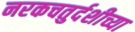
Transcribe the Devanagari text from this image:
नरकचतुर्दशीच्या